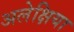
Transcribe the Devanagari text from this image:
अलेक्षिया